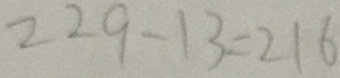
2 2 9 - 1 3 = 2 1 6